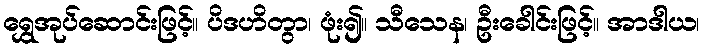
ရွှေအုပ်ဆောင်းဖြင့်။ ပိဒဟိတွာ၊ ဖုံး၍။ သီသေန၊ ဦးခေါင်းဖြင့်။ အာဒါယ၊